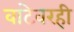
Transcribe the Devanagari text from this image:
वाटेवरही